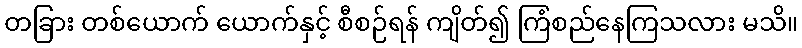
တခြား တစ်ယောက် ယောက်နှင့် စီစဉ်ရန် ကျိတ်၍ ကြံစည်နေကြသလား မသိ။